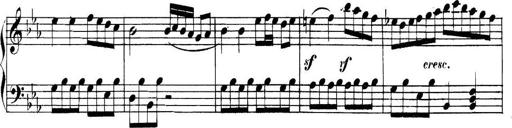
Title: Collected Piano Sonatas
Composer: Muzio Clementi